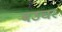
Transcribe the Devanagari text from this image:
बउचर